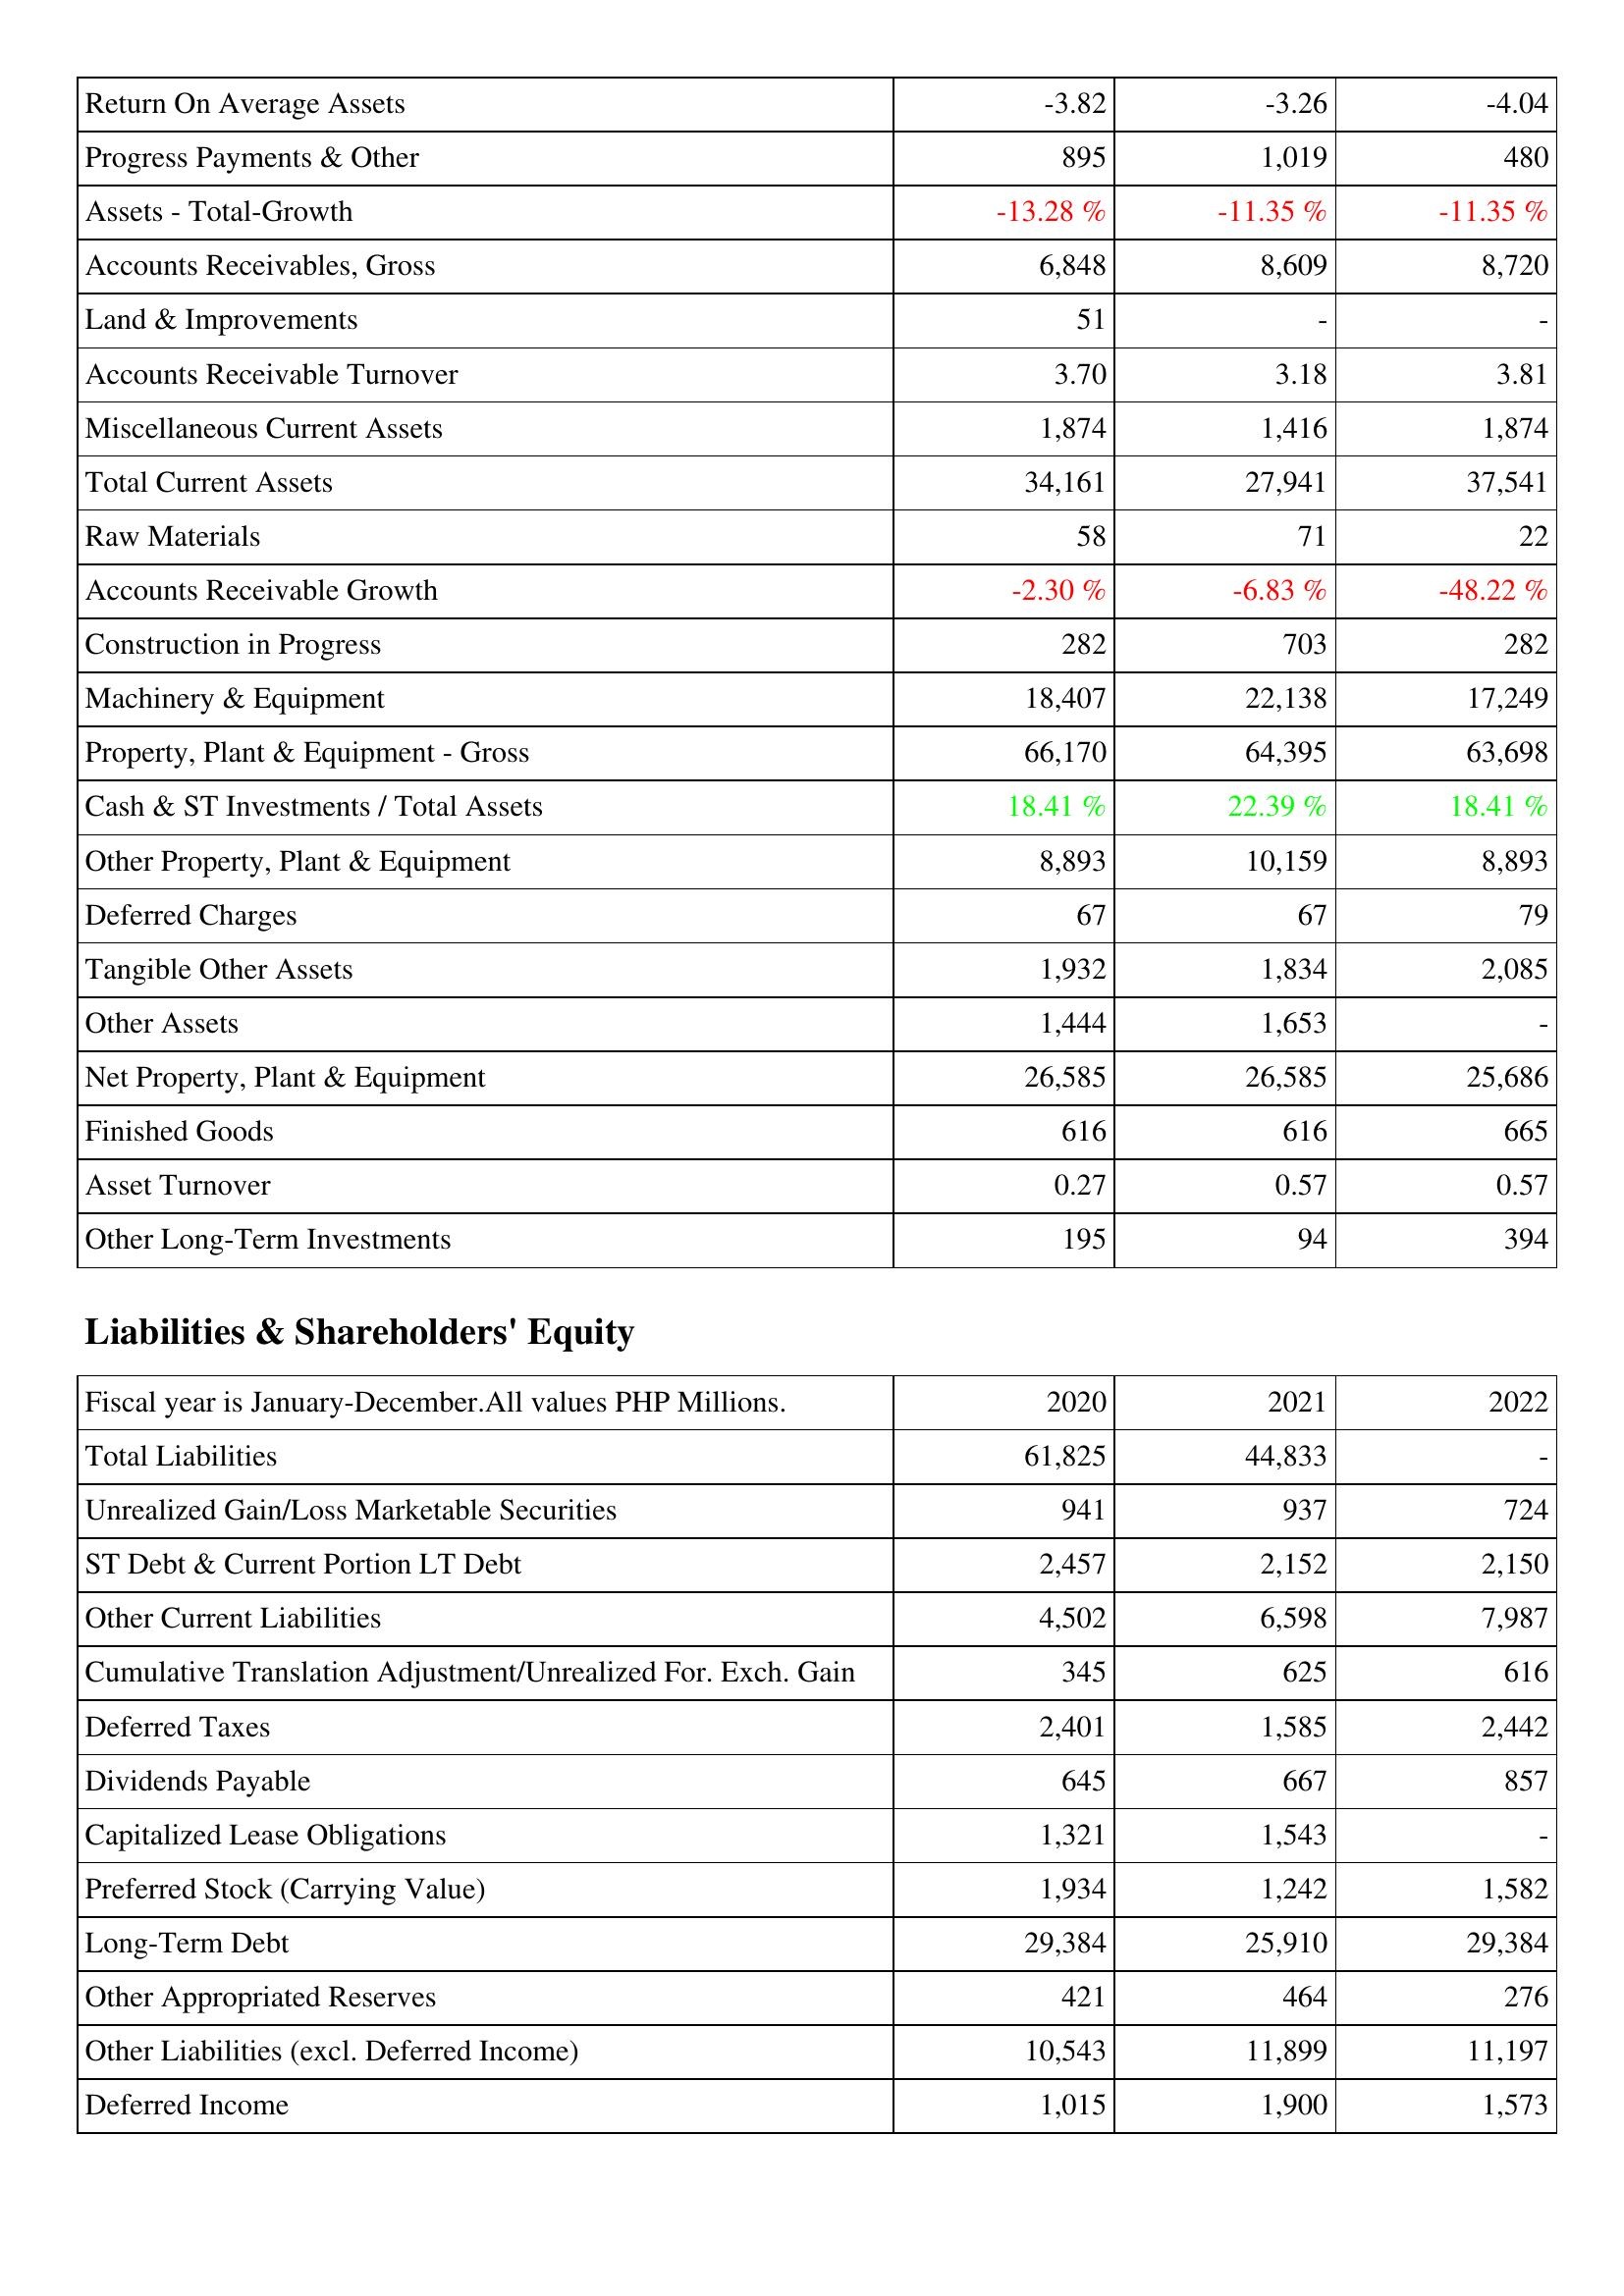
2020: Assets: Return On Average Assets: -3.82
Progress Payments & Other: 895
Assets - Total-Growth: -13.28 %
Accounts Receivables, Gross: 6,848
Land & Improvements: 51
Accounts Receivable Turnover: 3.70
Miscellaneous Current Assets: 1,874
Total Current Assets: 34,161
Raw Materials: 58
Accounts Receivable Growth: -2.30 %
Construction in Progress: 282
Machinery & Equipment: 18,407
Property, Plant & Equipment - Gross: 66,170
Cash & ST Investments / Total Assets: 18.41 %
Other Property, Plant & Equipment: 8,893
Deferred Charges: 67
Tangible Other Assets: 1,932
Other Assets: 1,444
Net Property, Plant & Equipment: 26,585
Finished Goods: 616
Asset Turnover: 0.27
Other Long-Term Investments: 195
Liabilities & Shareholders' Equity: Total Liabilities: 61,825
Unrealized Gain/Loss Marketable Securities: 941
ST Debt & Current Portion LT Debt: 2,457
Other Current Liabilities: 4,502
Cumulative Translation Adjustment/Unrealized For. Exch. Gain: 345
Deferred Taxes: 2,401
Dividends Payable: 645
Capitalized Lease Obligations: 1,321
Preferred Stock (Carrying Value): 1,934
Long-Term Debt: 29,384
Other Appropriated Reserves: 421
Other Liabilities (excl. Deferred Income): 10,543
Deferred Income: 1,015
2021: Assets: Return On Average Assets: -3.26
Progress Payments & Other: 1,019
Assets - Total-Growth: -11.35 %
Accounts Receivables, Gross: 8,609
Land & Improvements: -
Accounts Receivable Turnover: 3.18
Miscellaneous Current Assets: 1,416
Total Current Assets: 27,941
Raw Materials: 71
Accounts Receivable Growth: -6.83 %
Construction in Progress: 703
Machinery & Equipment: 22,138
Property, Plant & Equipment - Gross: 64,395
Cash & ST Investments / Total Assets: 22.39 %
Other Property, Plant & Equipment: 10,159
Deferred Charges: 67
Tangible Other Assets: 1,834
Other Assets: 1,653
Net Property, Plant & Equipment: 26,585
Finished Goods: 616
Asset Turnover: 0.57
Other Long-Term Investments: 94
Liabilities & Shareholders' Equity: Total Liabilities: 44,833
Unrealized Gain/Loss Marketable Securities: 937
ST Debt & Current Portion LT Debt: 2,152
Other Current Liabilities: 6,598
Cumulative Translation Adjustment/Unrealized For. Exch. Gain: 625
Deferred Taxes: 1,585
Dividends Payable: 667
Capitalized Lease Obligations: 1,543
Preferred Stock (Carrying Value): 1,242
Long-Term Debt: 25,910
Other Appropriated Reserves: 464
Other Liabilities (excl. Deferred Income): 11,899
Deferred Income: 1,900
2022: Assets: Return On Average Assets: -4.04
Progress Payments & Other: 480
Assets - Total-Growth: -11.35 %
Accounts Receivables, Gross: 8,720
Land & Improvements: -
Accounts Receivable Turnover: 3.81
Miscellaneous Current Assets: 1,874
Total Current Assets: 37,541
Raw Materials: 22
Accounts Receivable Growth: -48.22 %
Construction in Progress: 282
Machinery & Equipment: 17,249
Property, Plant & Equipment - Gross: 63,698
Cash & ST Investments / Total Assets: 18.41 %
Other Property, Plant & Equipment: 8,893
Deferred Charges: 79
Tangible Other Assets: 2,085
Other Assets: -
Net Property, Plant & Equipment: 25,686
Finished Goods: 665
Asset Turnover: 0.57
Other Long-Term Investments: 394
Liabilities & Shareholders' Equity: Total Liabilities: -
Unrealized Gain/Loss Marketable Securities: 724
ST Debt & Current Portion LT Debt: 2,150
Other Current Liabilities: 7,987
Cumulative Translation Adjustment/Unrealized For. Exch. Gain: 616
Deferred Taxes: 2,442
Dividends Payable: 857
Capitalized Lease Obligations: -
Preferred Stock (Carrying Value): 1,582
Long-Term Debt: 29,384
Other Appropriated Reserves: 276
Other Liabilities (excl. Deferred Income): 11,197
Deferred Income: 1,573